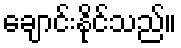
ချောင်းနိုင်သည်။